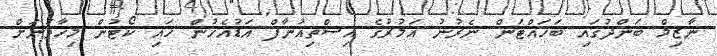
ނާޒިމް ބަންދުގައި ބަހައްޓަން ނެރުނު އަމުރުގެ އިސްތިއުނާފް އަޑުއެހުން ހައި ކޯޓުން މިހާތަނަށް